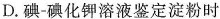
D.碘-碘化钾溶液鉴定淀粉时